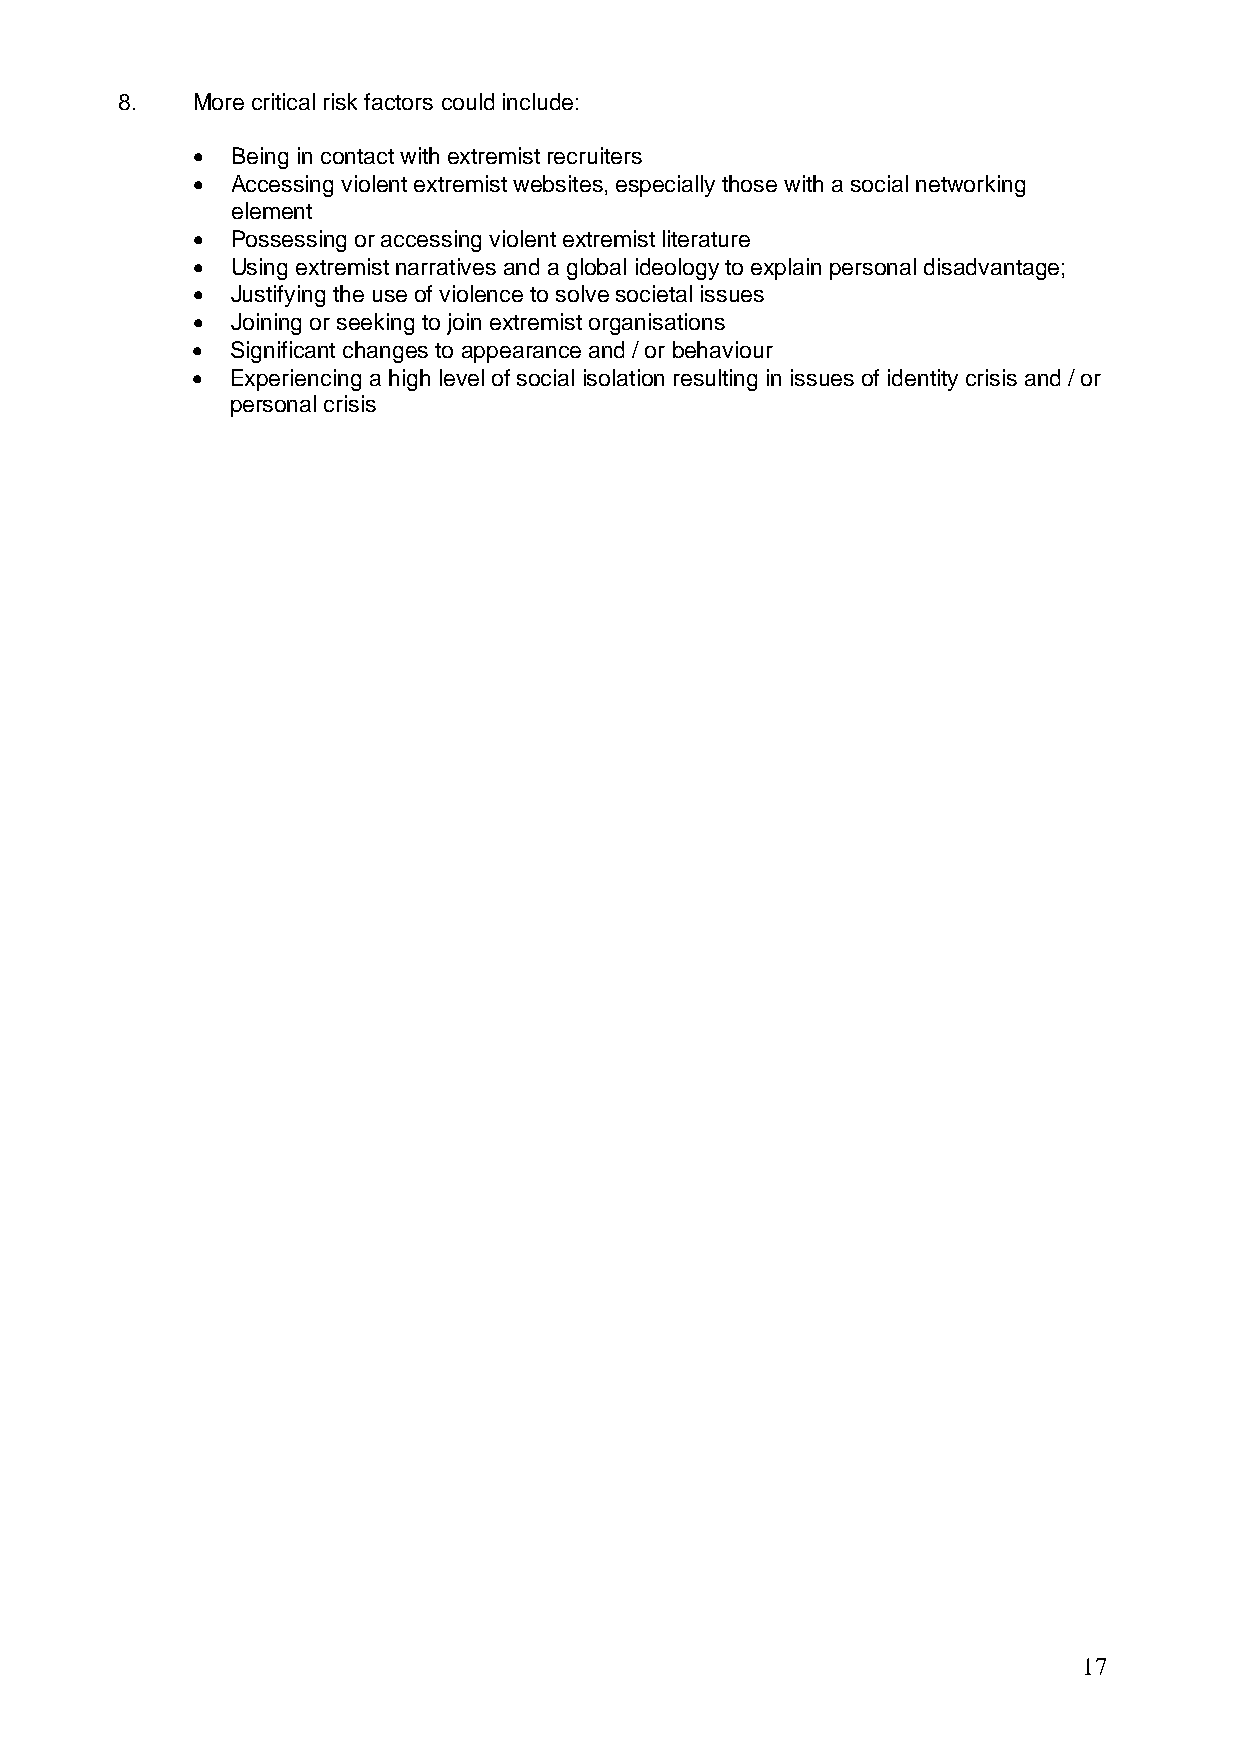
8.   More critical risk factors could include:
  Being in contact with extremist recruiters
  Accessing violent extremist websites, especially those with a social networking
 element
  Possessing or accessing violent extremist literature
  Using extremist narratives and a global ideology to explain personal disadvantage;
  Justifying the use of violence to solve societal issues
  Joining or seeking to join extremist organisations
  Significant changes to appearance and / or behaviour
  Experiencing a high level of social isolation resulting in issues of identity crisis and / or
 personal crisis
 17